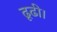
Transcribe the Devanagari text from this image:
ढूढी।